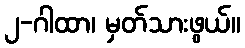
၂-ဂါထာ၊ မှတ်သားဖွယ်။